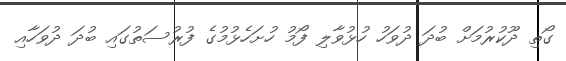
ގޯތި ދޫކުރުމަށް ބުދަ ދުވަހު ހުޅުވާލި ފޯމު ހުށަހެޅުމުގެ ފުރުސަތުގައި ބުދަ ދުވަހާއި